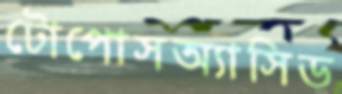
টোপোসঅ্যাসিড